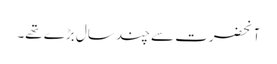
آنحضرت سے چند سال بڑے تھے۔